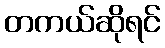
တကယ်ဆိုရင်